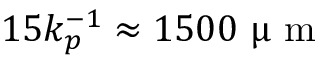
1 5 k _ { p } ^ { - 1 } \approx 1 5 0 0 ~ \upmu \textrm { m }